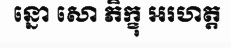
ន្នោ សោ ភិក្ខុ អរហត្ត